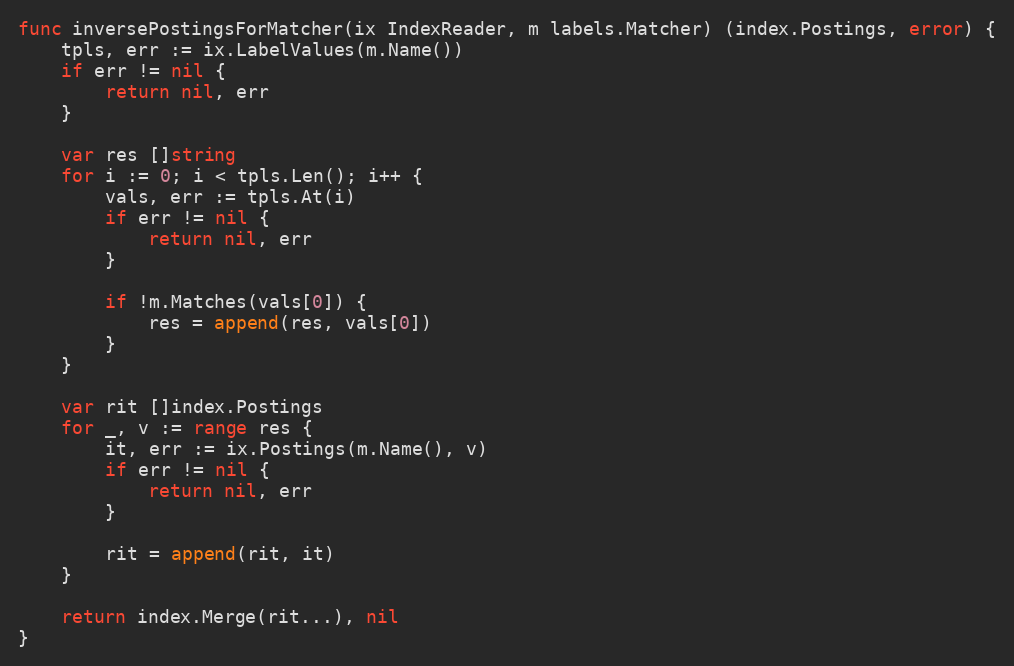
Language: Go
func inversePostingsForMatcher(ix IndexReader, m labels.Matcher) (index.Postings, error) {
	tpls, err := ix.LabelValues(m.Name())
	if err != nil {
		return nil, err
	}

	var res []string
	for i := 0; i < tpls.Len(); i++ {
		vals, err := tpls.At(i)
		if err != nil {
			return nil, err
		}

		if !m.Matches(vals[0]) {
			res = append(res, vals[0])
		}
	}

	var rit []index.Postings
	for _, v := range res {
		it, err := ix.Postings(m.Name(), v)
		if err != nil {
			return nil, err
		}

		rit = append(rit, it)
	}

	return index.Merge(rit...), nil
}